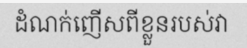
ដំណក់ញើសពីខ្លួនរបស់វា